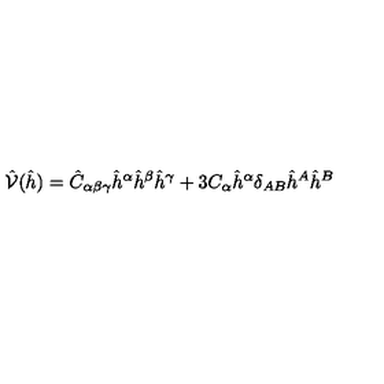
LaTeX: \hat { \mathcal { V } } ( \hat { h } ) = { \hat { C } } _ { \alpha \beta \gamma } { \hat { h } } ^ { \alpha } { \hat { h } } ^ { \beta } { \hat { h } } ^ { \gamma } + 3 C _ { \alpha } { \hat { h } } ^ { \alpha } \delta _ { A B } { \hat { h } } ^ { A } { \hat { h } } ^ { B }